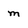
Character: m